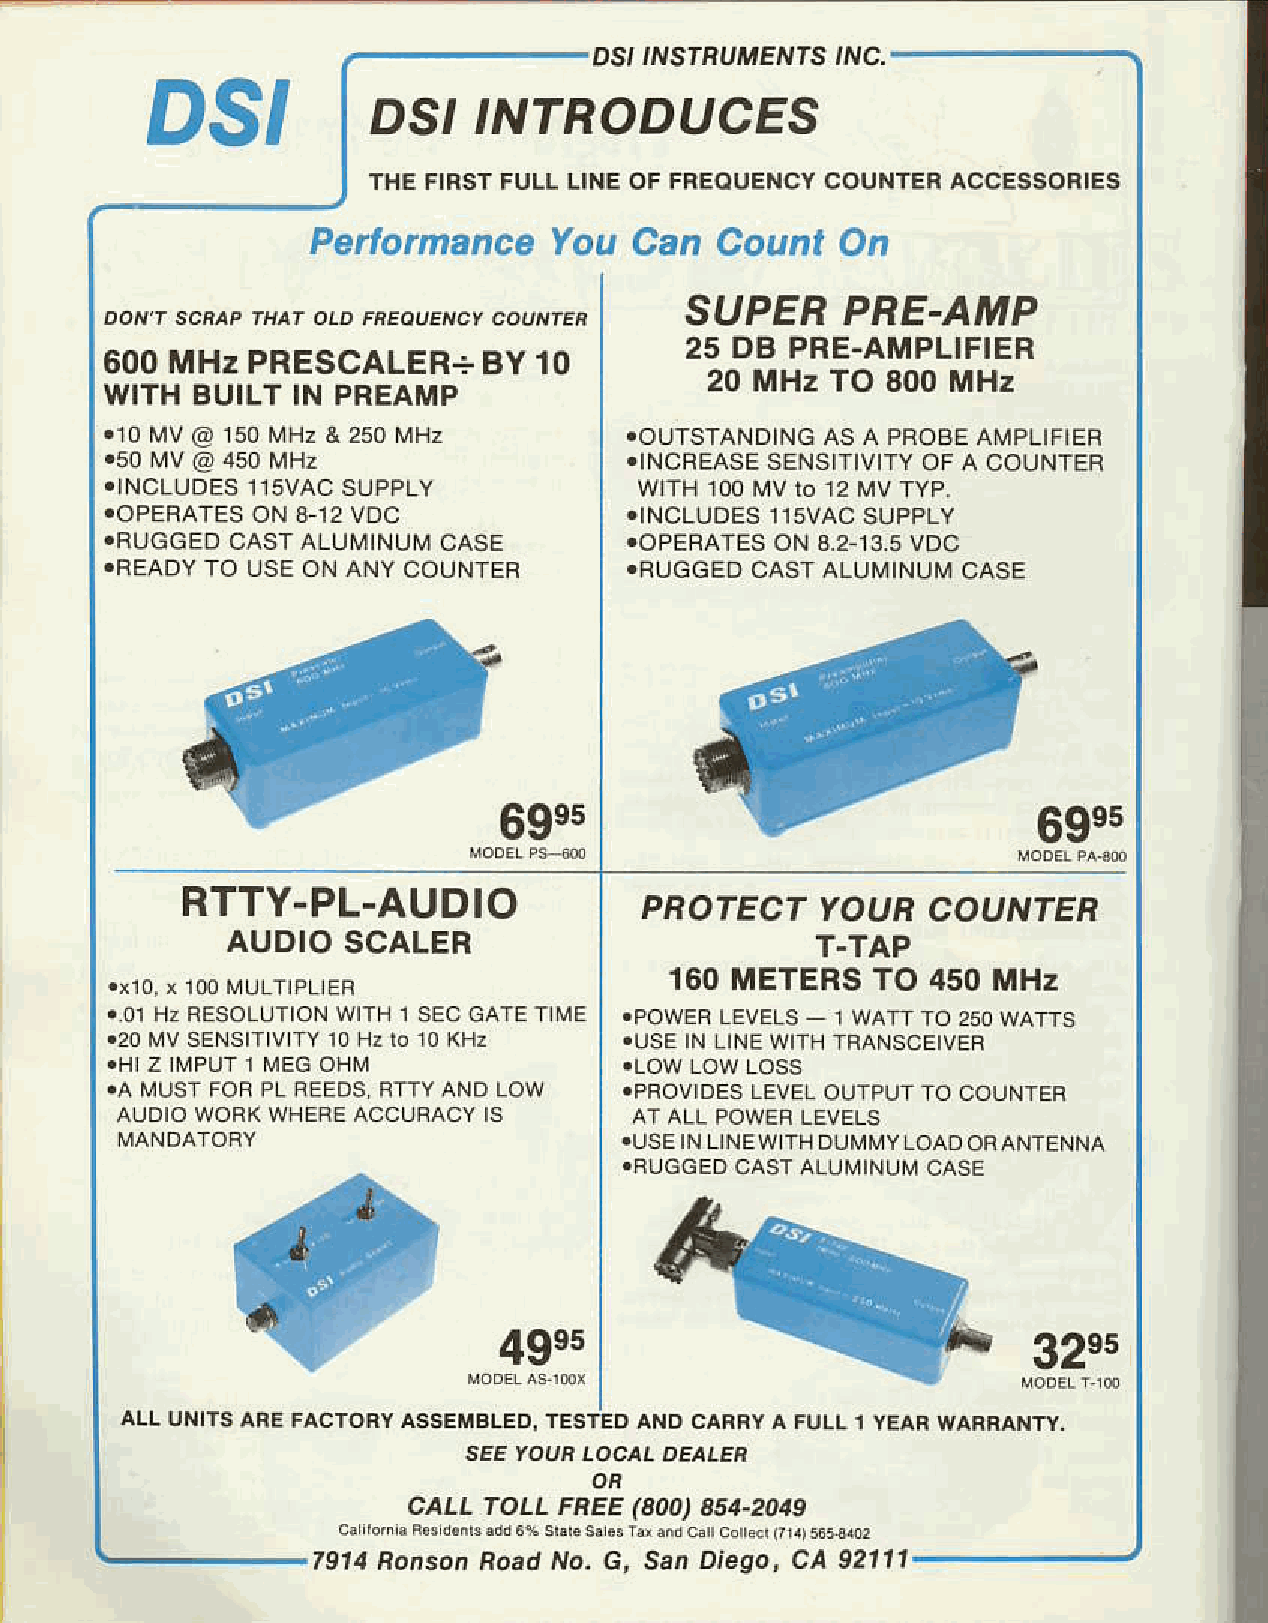
DS'' IvSrRUnrVEt S i c.
 DS'
 DS,,A'TRODUCES
 THEF IRSTF ULLL INEO FF REOIJEI{CCYO UNTERA CCESSOhIES
 PerlomanceY       ouC  an  CountO    n
 SUPERP      RE-AMP
 25  DB PRE-AMPLIFIER
 600M  HzP  RESCALERB+Y       l 0
 20 MHz  TO  800 MHz
 WITHB   UILTIN P REAMP
 .10M V@ 150M Hz& 250M Hz           .OUTSTANDINGA S A PROAEA MPIIFIEF
 .INCFE/SE SENSIIIVITYO F A COUNTEF
 .INCLUOE1S1 sVASCU PPLY            WITH IOOM V IO 12 MV TYP.
 .OPERATEOS NA 12V OC               .INCL1JOESI1 sVAC SUPPLY
 .BUGGEOCA  STALUMINUCMA  SE        .OPERATESO N 3.2.13.5V DC
 .READYT O USEO NA NYC OUNTEF       .FlJGGEDC ASTALUMINUMC ASE
 69e5
 RTTY-PL-AUDIO
 PROTECTY     OURC    OUNTER
 AUDIOS    CALER                        T.TAP
 160  METERST   O  450 MHz
 ..01 Hz FESOLUTIoNw lTH 1 SEc GATETIME .POWERL EVELS ] WATTI O 250W ATTS
 rUSE IN LINEW ITHT FANSCEIVER
 tHI Z IMPUTI MEGO IiM
 !A MUSTF ORP L REEDSF TTYAND LOW  .PFOVIDESL EVELO UTPIJI TO COUNTEF
 AUDIOW OFKWHERAEC CUFACIYS        AT AlL POWEBL EVELS
 .USEI N LINEW]THD UMMYL OAOO RA NTENNA
 .N!GGEO CASTA LUMINUMC ASE
 32ss
 AIL UIIITSA REF ACTORYA SSE B[ED, TESTID A D CARRYA FULL1 YEARW ARRANTY.
 SEE| OUA LOCALD EALEN
 OR
 caLL foLL FREE( 800)A 54"2049
 l9l4 nonsonR oadN o.G , SanD iego,C A 92111